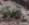
فد